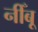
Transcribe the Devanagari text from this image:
नीँबू